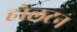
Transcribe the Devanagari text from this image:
होलटन